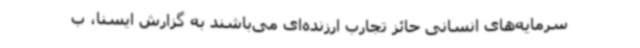
سرمایه‌های انسانی حائز تجارب ارزنده‌ای می‌باشند به گزارش ایسنا، ب